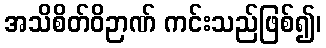
အသိစိတ်ဝိဉာဏ် ကင်းသည်ဖြစ်၍၊